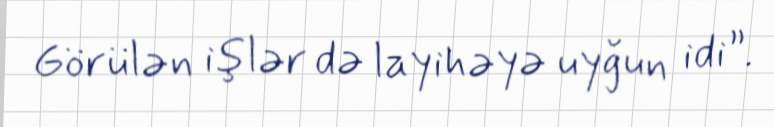
Görülən işlər də layihəyə uyğun idi”.